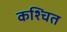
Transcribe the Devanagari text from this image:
कश्चित